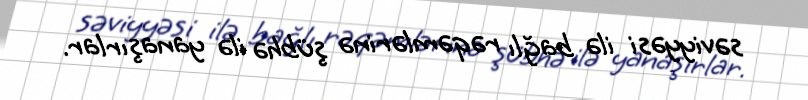
səviyyəsi ilə bağlı rəqəmlərinə şübhə ilə yanaşırlar.